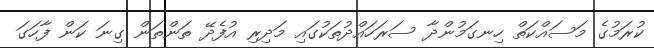
ކުރަމުގެ މަސައްކަތް ހިނގަމުންދާ ސަރަހައްދުތަކުގައި މަދިރި އުފެދޭ ތަންތަން ގިނަ ކަން ފާހަގަ